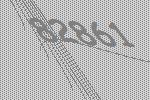
82861